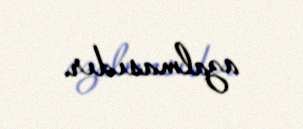
azalmasıdır.